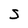
Character: S